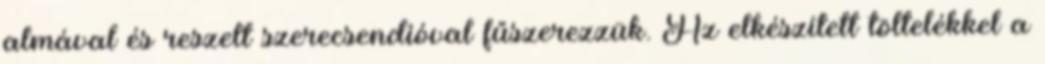
almával és reszelt szerecsendióval fűszerezzük. Az elkészített töltelékkel a